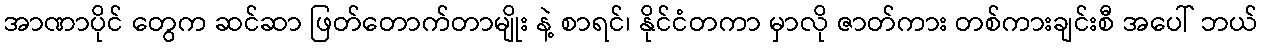
အာဏာပိုင် တွေက ဆင်ဆာ ဖြတ်တောက်တာမျိုး နဲ့ စာရင်၊ နိုင်ငံတကာ မှာလို ဇာတ်ကား တစ်ကားချင်းစီ အပေါ် ဘယ်